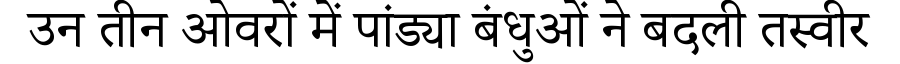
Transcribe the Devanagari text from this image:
उन तीन ओवरों में पांड्या बंधुओं ने बदली तस्वीर